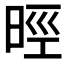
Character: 𣇁